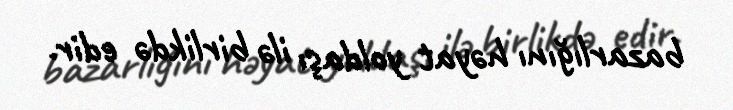
bazarlığını həyat yoldaşı ilə birlikdə edir.